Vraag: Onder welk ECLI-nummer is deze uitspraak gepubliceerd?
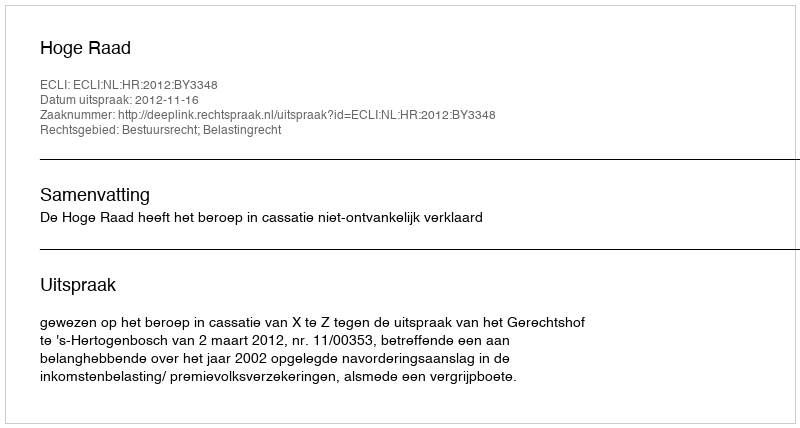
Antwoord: ECLI:NL:HR:2012:BY3348